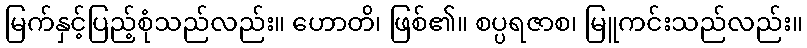
မြက်နှင့်ပြည့်စုံသည်လည်း။ ဟောတိ၊ ဖြစ်၏။ စပ္ပရဇာစ၊ မြူကင်းသည်လည်း။